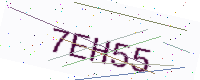
Text: 7EH55